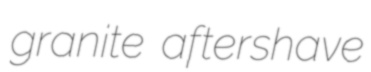
granite aftershave